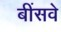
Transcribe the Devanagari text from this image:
बींसवे